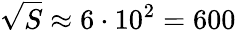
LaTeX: {\sqrt{S}}\approx 6\cdot 10^{2}=600